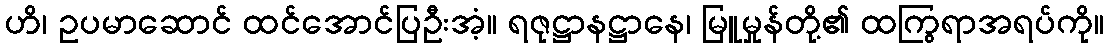
ဟိ၊ ဥပမာဆောင် ထင်အောင်ပြဦးအံ့။ ရဇုဋ္ဌာနဋ္ဌာနေ၊ မြူမှုန်တို့၏ ထကြွရာအရပ်ကို။